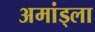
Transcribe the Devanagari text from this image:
अमांड्ला